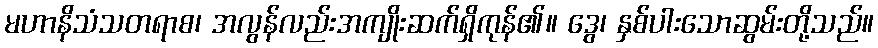
မဟာနိသံသတရာစ၊ အလွန်လည်းအကျိုးဆက်ရှိကုန်၏။ ဒွေ၊ နှစ်ပါးသောဆွမ်းတို့သည်။